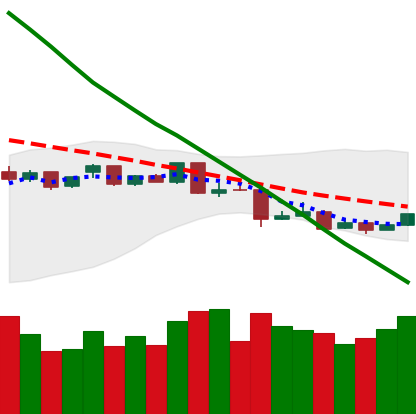
Ticker: ETC-USD
Chart end date: 2019-01-17
Forward return: -4.339%
Label: down_3_5